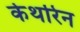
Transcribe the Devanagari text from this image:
केथरिन